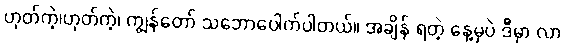
ဟုတ်ကဲ့၊ဟုတ်ကဲ့၊ ကျွန်တော် သဘောပေါက်ပါတယ်။ အချိန် ရတဲ့ နေ့မှပဲ ဒီမှာ လာ